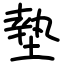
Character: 墊